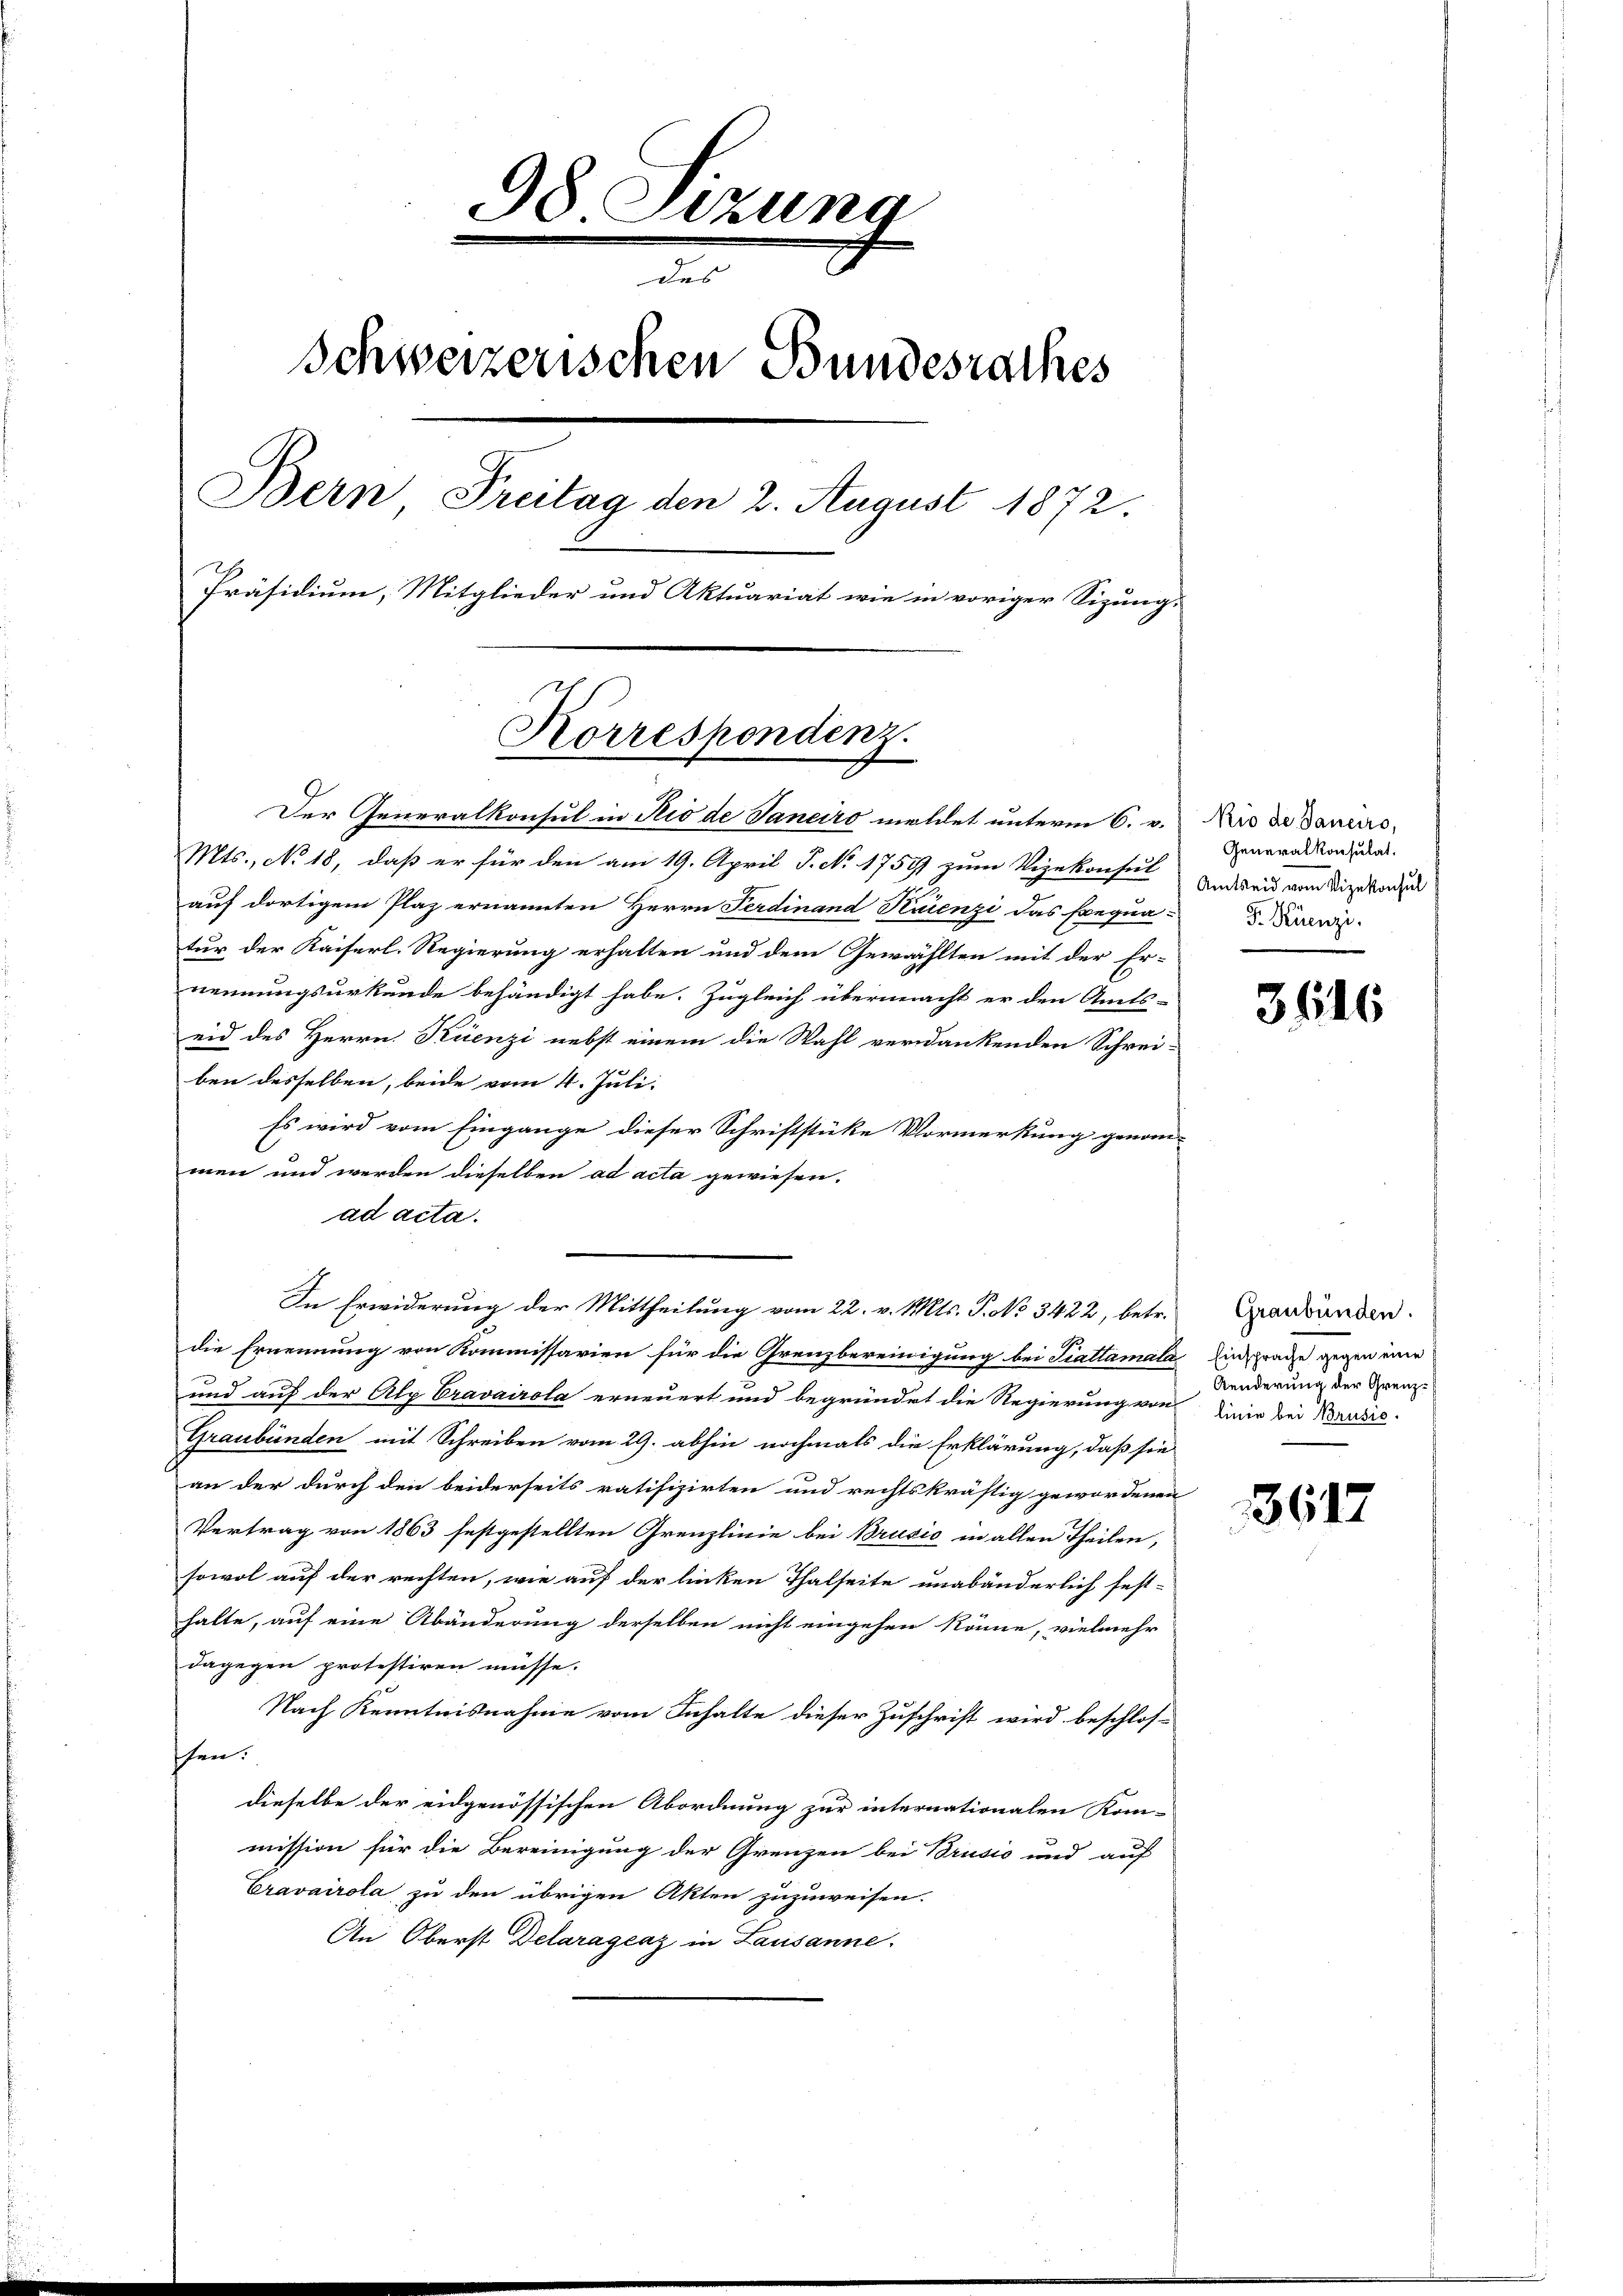
98 Sizung
des
Schweizerischen Bundesrathes
Bern Freitag den 2. August 1872.
Präsidium, Mitglieder und Aktuariat wie in voriger Sizung,
Korrespondenz.

In Erwiderung der Mittheilung vom 22. v. Mts. P. No 3422, betr.

Der Generalkonsul in Rio de Janeiro meldet unterm 6. v.
Mts., No 18, daß er für den am 19. April S. No. 1759 zum Vizekonsul
auf dortigem Plaz ernannten Herrn Ferdinand Haienzi das Frequa-. Dann
tur der Kaiserl. Regierung erhalten und dem Gewählten mit der Er-
nennungsurkunde behändigt habe. Zugleich übermacht er den Amts-
eid des Herrn Kuenzi nebst einem die Wahl verdankenden Schrei-
ben desselben, beide vom 4. Juli.
Es wird vom Eingange dieser Schriftstüke Vormerkung genom-
men und werden dieselben ad acta gewiesen.
ad acta.
die Ernennung von Kommissarien für die Grenzbereinigung bei Trattamala
und auf der Alp Cravairola erneuert und begründet die Regierung von Linie bei Bruste
Graubünden mit Schreiben vom 29. abhin nochmals die Erklärung, daß sie
an der durch den beiderseits ratifizirten und rechtskräftig gewordenen
Vertrag von 1863 festgestellten Grenzlinie bei Brusio in allen Theilen,
sowol auf der rechten, wie auf der linken Thalseite unabänderlich fest-
halte, auf eine Abänderung derselben nicht eingehen könne, vielmehr
dagegen protestiren müsse.
Nach Kenntnisnahme vom Inhalte dieser Zuschrift wird beschlos-
fchen.
dieselbe der eidgenössischen Abordnung zur internationalen Kom-
mission für die Bereinigung der Grenzen bei Brusio und auf
Cravairola zu den übrigen Akten zuzuweisen.
An Oberst Delaragraz in Lausanne.

Rio de Janeiro,
Generalkonsulat.
Amtseid vom Vizekonsul

3546

Graubünden.
Einsprache gegen eine
Aenderung der Grenz¬

3617